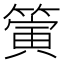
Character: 𥳄